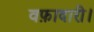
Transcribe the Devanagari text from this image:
वफ़ादारी।